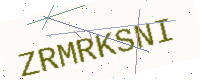
Text: ZRMRKSNI